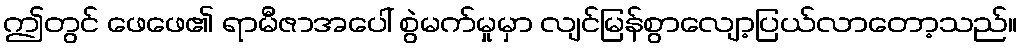
ဤတွင် ဖေဖေ၏ ရာမီဇာအပေါ် စွဲမက်မှုမှာ လျင်မြန်စွာလျော့ပြယ်လာတော့သည်။